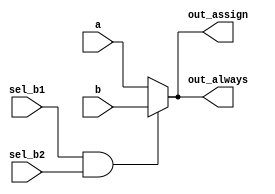
module always_if (
  input a,
  input b,
  input sel_b1,
  input sel_b2,
  output out_assign,
  output reg out_always

);

  assign out_assign = (sel_b1 & sel_b2) ? b : a;
  always @(*) out_always = (sel_b1 & sel_b2) ? b : a;

endmodule